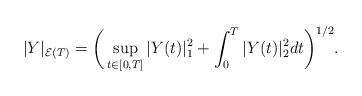
LaTeX: \begin{align*}|Y|_{\mathcal{E}(T)} = \bigg( \sup_{t \in [0,T]}|Y(t)|_1^2 + \int_0^T |Y(t)|_2^2dt \bigg)^{1/2}.\end{align*}